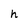
Character: h